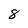
Character: 8